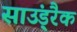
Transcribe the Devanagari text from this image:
साउंड़्रैक